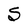
Character: S